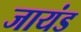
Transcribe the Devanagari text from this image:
जायंड